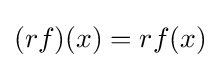
(rf)(x)=rf(x)